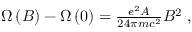
\begin{array} { r } { \Omega \left( B \right) - \Omega \left( 0 \right) = \frac { e ^ { 2 } A } { 2 4 \pi m c ^ { 2 } } B ^ { 2 } \; , } \end{array}